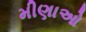
મીણાઓ